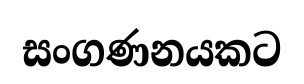
සංගණනයකට